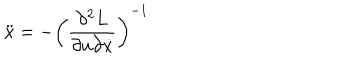
\ddot { x } = - \left( \frac { \partial ^ { 2 } L } { \partial u \partial \dot { x } } \right) ^ { - 1 }